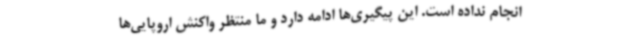
انجام نداده است. این پیگیری‌ها ادامه دارد و ما منتظر واکنش اروپایی‌ها